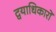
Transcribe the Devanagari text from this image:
द्वयाधिकारों